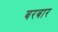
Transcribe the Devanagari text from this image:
बरबार